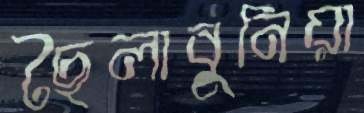
ছৈলাবুনিয়া